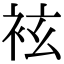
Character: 袨